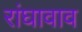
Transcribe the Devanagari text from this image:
रांघावाव